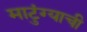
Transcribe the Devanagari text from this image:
माटुंग्याची